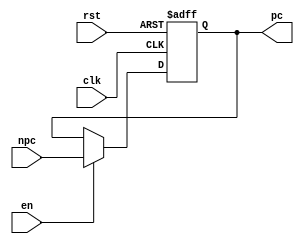
`timescale 1ns / 1ps
//////////////////////////////////////////////////////////////////////////////////
// Company: 
// Engineer: 
// 
// Design Name: 
// Module Name:    PC 
// Project Name: 
// Target Devices: 
// Tool versions: 
// Description: 
//
// Dependencies: 
//
// Revision: 
// Revision 0.01 - File Created
// Additional Comments: 
//
//////////////////////////////////////////////////////////////////////////////////
module PC(clk,rst,en,npc,pc
    );
	input clk,rst,en;
	input [31:0] npc;
	output [31:0] pc;
	reg [31:0] pc;

	always@(posedge clk or posedge rst)
	begin
		if(rst)
			pc<=32'h0000_3000;
		else if(en)
			pc<=npc;
	end

endmodule